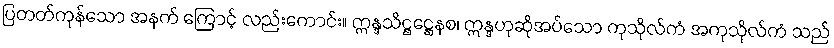
ပြတတ်ကုန်သော အနက် ကြောင့် လည်းကောင်း။ ဣန္ဒသိဋ္ဌဋ္ဌေနစ၊ ဣန္ဒဟုဆိုအပ်သော ကုသိုလ်ကံ အကုသိုလ်ကံ သည်